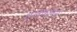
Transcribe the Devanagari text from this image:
वलफलन